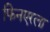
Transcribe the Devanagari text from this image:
फिनएरला